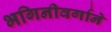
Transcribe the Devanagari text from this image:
भगिनीवर्गाने